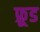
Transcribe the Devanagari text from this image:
फ्रूड